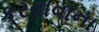
કરવાવાના